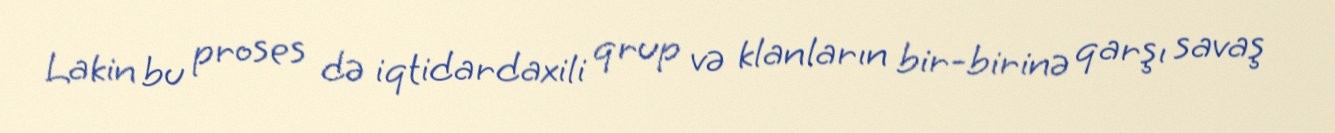
Lakin bu proses də iqtidardaxili qrup və klanların bir-birinə qarşı savaş